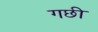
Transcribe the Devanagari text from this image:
गछी